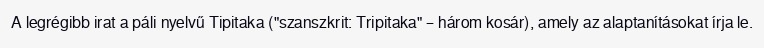
A legrégibb irat a páli nyelvű Tipitaka ("szanszkrit: Tripitaka" – három kosár), amely az alaptanításokat írja le.